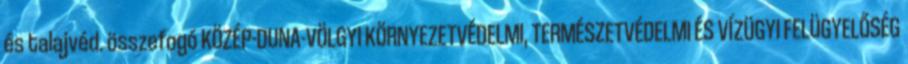
és talajvéd. összefogó KÖZÉP-DUNA-VÖLGYI KÖRNYEZETVÉDELMI, TERMÉSZETVÉDELMI ÉS VÍZÜGYI FELÜGYELŐSÉG